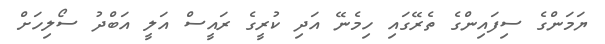
ޔަމަންގެ ސިފައިންގެ ތެރޭގައި ހިމެނޭ އަދި ކުރީގެ ރައީސް އަލީ އަބްދު ސޯލިހަށް